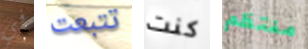
في تتبعت كنت منتظم